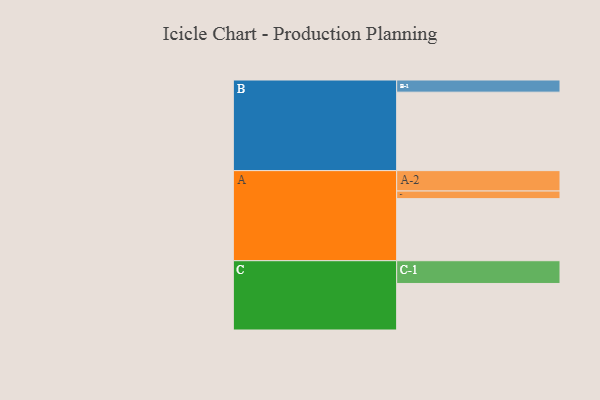
{"axis": {"x": "Segment", "y": "Value"}, "legend": ["", "A", "B", "C"], "data": [{"x": "A", "y": 439, "type": ""}, {"x": "B", "y": 555, "type": ""}, {"x": "C", "y": 329, "type": ""}, {"x": "A-1", "y": 54, "type": "A"}, {"x": "A-2", "y": 144, "type": "A"}, {"x": "B-1", "y": 86, "type": "B"}, {"x": "C-1", "y": 161, "type": "C"}]}